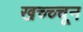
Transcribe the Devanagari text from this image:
खच्च्चून